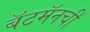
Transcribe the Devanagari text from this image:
बॅटमॅनची